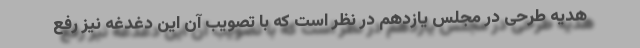
هدیه طرحی در مجلس یازدهم در نظر است که با تصویب آن این دغدغه نیز رفع